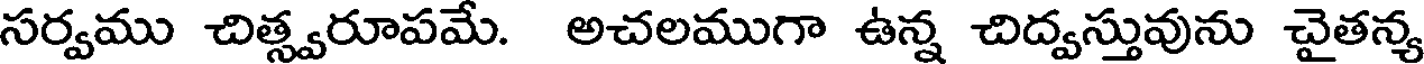
సర్వము చిత్స్వరూపమే. అచలముగా ఉన్న చిద్వస్తువును చైతన్య